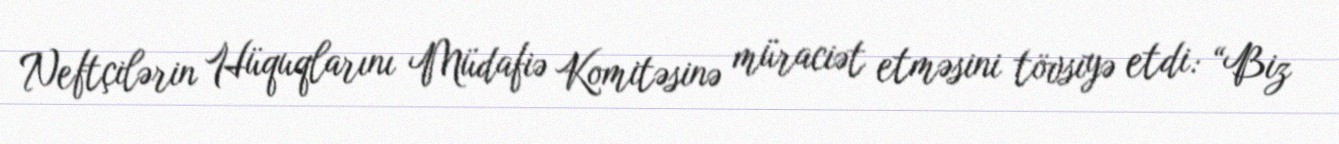
Neftçilərin Hüquqlarını Müdafiə Komitəsinə müraciət etməsini tövsiyə etdi: “Biz